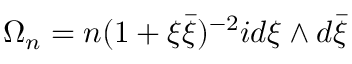
\Omega _ { n } = n ( 1 + \xi \bar { \xi } ) ^ { - 2 } i d \xi \wedge d \bar { \xi }